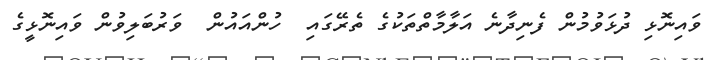
ވައިނޮޅި ދުޅަވުމުން ފެނިދާނެ އަލާމާތްތަކުގެ ތެރޭގައި  ހުންއައުން  ވަރުބަލިވުން ވައިނޮޅީގެ